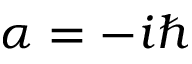
\alpha = - i \hbar